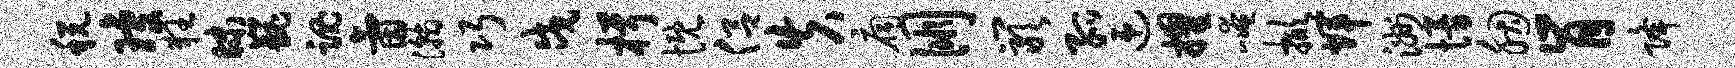
税琼狂昧巍魂氤瀚巧戍楫慨侣失扃朋岩孤迎擢崦掀辉洲慢胭肯降